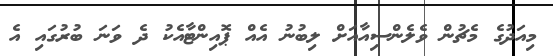
މިއަދުގެ މެޗުން ވެލެންސިއާއަށް ލިބުނު އެއް ޕޮއިންޓާއެކު ދެ ވަނަ ބުރުގައި އެ